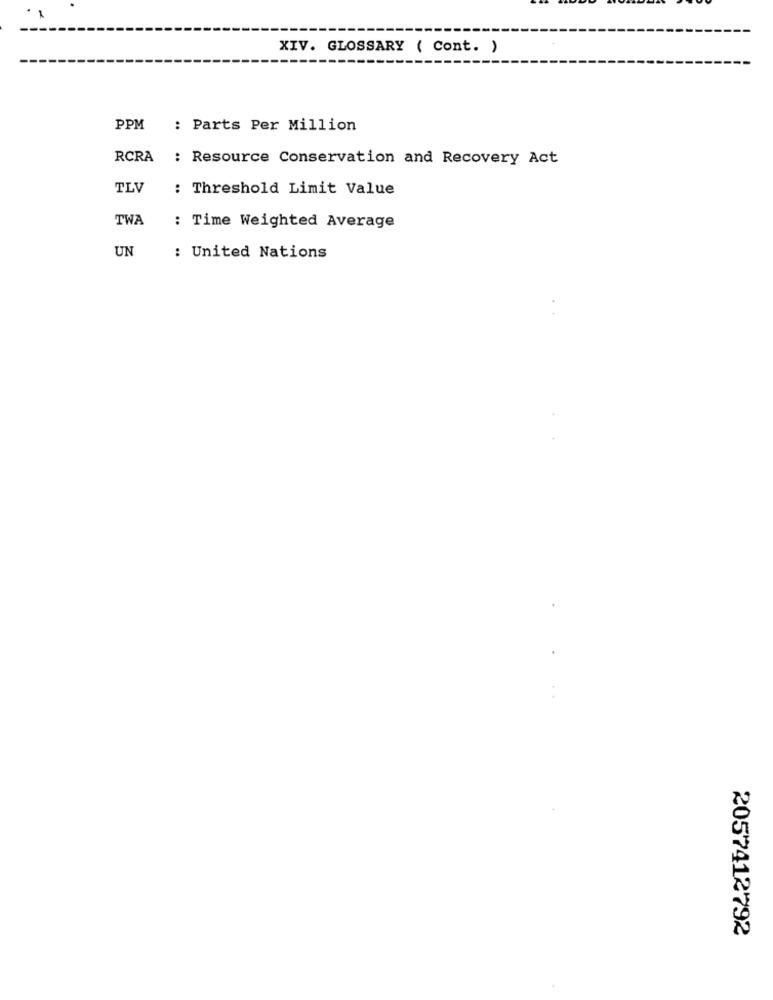
1.
XIV. GLOSSARY ( Cont. )
PPM
: Parts Per Million
RCRA
: Resource Conservation and Recovery Act
TLV
: Threshold Limit Value
TWA
: Time Weighted Average
UN
: United Nations
2057412792